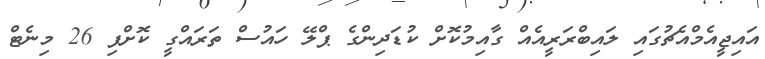
އައިޖީއެމްއެޗުގައި ލައިބްރަރީއެއް ގާއިމުކޮށް ކުޑަދިންގެ ޕްލޭ ހައުސް ތަރައްގީ ކޮށްފި 26 މިނެޓް